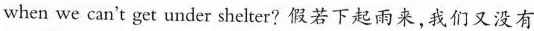
when we can't get under shelter?假若下起雨采,我们又没有